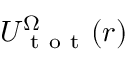
U _ { \mathrm { ~ t ~ o ~ t ~ } } ^ { \Omega } ( r )